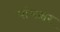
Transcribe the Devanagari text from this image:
पांचक्षर